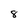
Character: 8